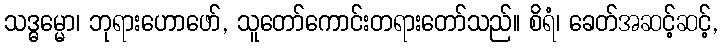
သဒ္ဓမ္မော၊ ဘုရားဟောဖော်, သူတော်ကောင်းတရားတော်သည်။ စိရံ၊ ခေတ်အဆင့်ဆင့်,